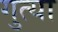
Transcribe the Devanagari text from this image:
गुत्या